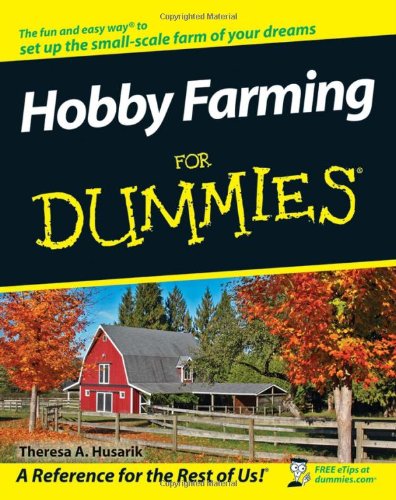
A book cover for Hobby Farming For Dummies; Theresa A. Husarik; Science & Math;